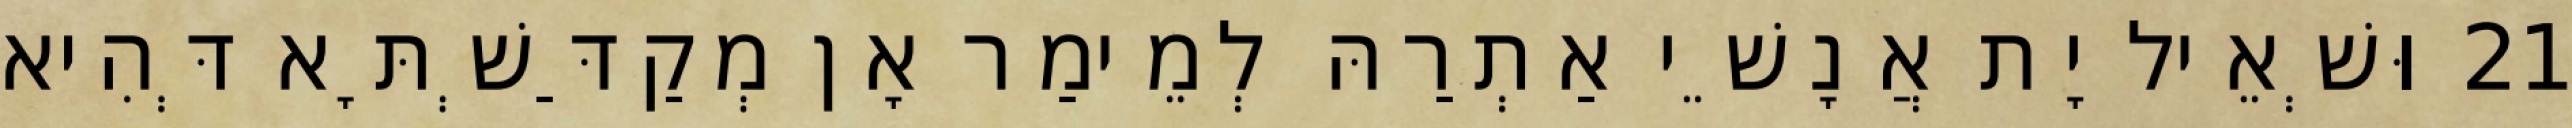
21 וּשְׁאֵיל יָת אֲנָשֵׁי אַתְרַהּ לְמֵימַר אָן מְקַדַּשְׁתָּא דְּהִיא